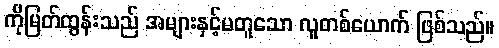
ကိုမြတ်ထွန်းသည် အများနှင့်မတူသော လူတစ်ယောက် ဖြစ်သည်။